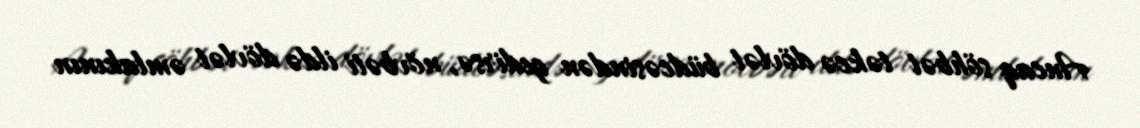
Ancaq söhbət təkcə dövlət büdcəsindən gedirsə, növbəti ildə dövlət əmlakının